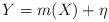
LaTeX: \begin{align*} Y = m(X) + \eta\end{align*}